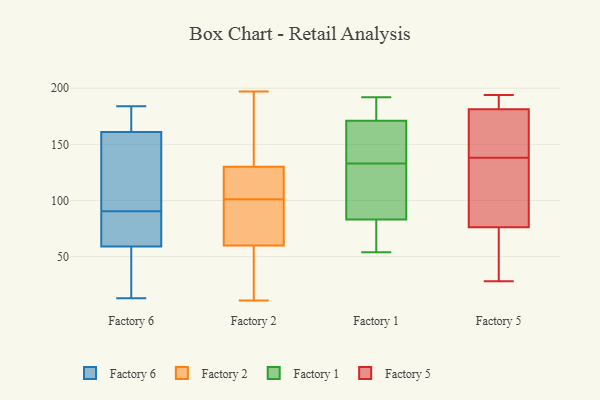
{"axis": {"x": "Latency (ms)", "y": "Value"}, "legend": ["Factory 1", "Factory 2", "Factory 5", "Factory 6"], "data": [{"x": "", "y": 61, "type": "Factory 6"}, {"x": "", "y": 184, "type": "Factory 6"}, {"x": "", "y": 161, "type": "Factory 6"}, {"x": "", "y": 72, "type": "Factory 6"}, {"x": "", "y": 59, "type": "Factory 6"}, {"x": "", "y": 166, "type": "Factory 6"}, {"x": "", "y": 22, "type": "Factory 6"}, {"x": "", "y": 109, "type": "Factory 6"}, {"x": "", "y": 160, "type": "Factory 6"}, {"x": "", "y": 13, "type": "Factory 6"}, {"x": "", "y": 120, "type": "Factory 2"}, {"x": "", "y": 60, "type": "Factory 2"}, {"x": "", "y": 85, "type": "Factory 2"}, {"x": "", "y": 164, "type": "Factory 2"}, {"x": "", "y": 130, "type": "Factory 2"}, {"x": "", "y": 64, "type": "Factory 2"}, {"x": "", "y": 11, "type": "Factory 2"}, {"x": "", "y": 197, "type": "Factory 2"}, {"x": "", "y": 60, "type": "Factory 2"}, {"x": "", "y": 60, "type": "Factory 2"}, {"x": "", "y": 35, "type": "Factory 2"}, {"x": "", "y": 126, "type": "Factory 2"}, {"x": "", "y": 117, "type": "Factory 2"}, {"x": "", "y": 148, "type": "Factory 2"}, {"x": "", "y": 177, "type": "Factory 1"}, {"x": "", "y": 92, "type": "Factory 1"}, {"x": "", "y": 77, "type": "Factory 1"}, {"x": "", "y": 54, "type": "Factory 1"}, {"x": "", "y": 165, "type": "Factory 1"}, {"x": "", "y": 99, "type": "Factory 1"}, {"x": "", "y": 59, "type": "Factory 1"}, {"x": "", "y": 82, "type": "Factory 1"}, {"x": "", "y": 188, "type": "Factory 1"}, {"x": "", "y": 192, "type": "Factory 1"}, {"x": "", "y": 182, "type": "Factory 1"}, {"x": "", "y": 84, "type": "Factory 1"}, {"x": "", "y": 139, "type": "Factory 1"}, {"x": "", "y": 148, "type": "Factory 1"}, {"x": "", "y": 127, "type": "Factory 1"}, {"x": "", "y": 151, "type": "Factory 1"}, {"x": "", "y": 138, "type": "Factory 5"}, {"x": "", "y": 54, "type": "Factory 5"}, {"x": "", "y": 194, "type": "Factory 5"}, {"x": "", "y": 57, "type": "Factory 5"}, {"x": "", "y": 89, "type": "Factory 5"}, {"x": "", "y": 141, "type": "Factory 5"}, {"x": "", "y": 181, "type": "Factory 5"}, {"x": "", "y": 28, "type": "Factory 5"}, {"x": "", "y": 151, "type": "Factory 5"}, {"x": "", "y": 163, "type": "Factory 5"}, {"x": "", "y": 130, "type": "Factory 5"}, {"x": "", "y": 185, "type": "Factory 5"}, {"x": "", "y": 78, "type": "Factory 5"}, {"x": "", "y": 189, "type": "Factory 5"}, {"x": "", "y": 182, "type": "Factory 5"}, {"x": "", "y": 71, "type": "Factory 5"}, {"x": "", "y": 131, "type": "Factory 5"}]}